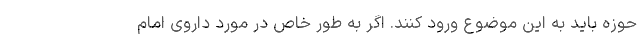
حوزه باید به این موضوع ورود کنند. اگر به طور خاص در مورد داروی امام